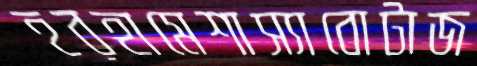
হরহামেশাস্যাবোটাজ